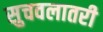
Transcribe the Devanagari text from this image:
सुचवलातरी